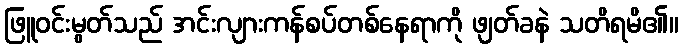
ဖြူဝင်းမွတ်သည် အင်းလျားကန်စပ်တစ်နေရာကို ဖျတ်ခနဲ သတိရမိ၏။